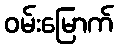
ဝမ်းမြောက်